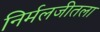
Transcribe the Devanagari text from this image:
निर्मलजीतला